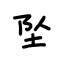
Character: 坠